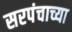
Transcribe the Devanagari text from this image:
सरपंचाच्या